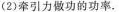
(2)牵引力做功的功率。